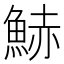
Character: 𩷧